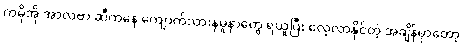
ကမိုအို အာလဗာ ဆီကနေ ကျောက်သားနမူနာတွေ ရယူပြီး လေ့လာနိုင်တဲ့ အချိန်မှာတော့